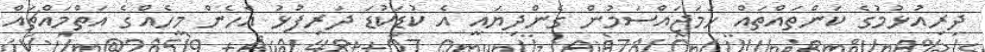
ދިރިއުޅުމުގެ ކަންތައްތައް ހަމަޖައްސަމުން ގެންދިޔައީ އެ ކުޑަކުޑަ ދަރިފުޅު އެހެން މީހެއްގެ އަތްމައްޗައް